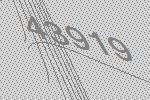
43919